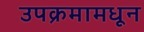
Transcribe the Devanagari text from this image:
उपक्रमामधून